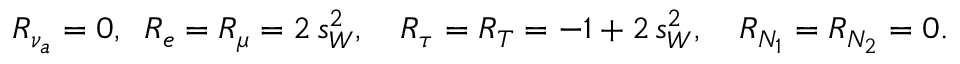
R _ { \nu _ { a } } = 0 , \; \; R _ { e } = R _ { \mu } = 2 \, s _ { W } ^ { 2 } , \quad R _ { \tau } = R _ { T } = - 1 + 2 \, s _ { W } ^ { 2 } , \quad R _ { N _ { 1 } } = R _ { N _ { 2 } } = 0 .